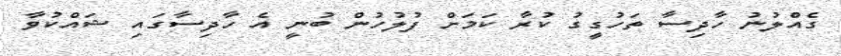
ގެއްލުނު ހާދިސާ ތަހުގީގު ކުރާ ކަމަށް ފުލުހުން ބުނީ އެ ހާދިސާގައި ޝައްކުވާ